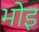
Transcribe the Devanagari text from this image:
भोइ